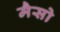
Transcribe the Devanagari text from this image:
मैसो